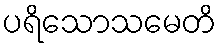
ပရိသောသမေတိ